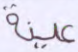
عينة